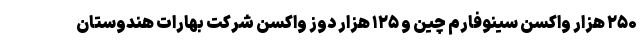
۲۵۰ هزار واکسن سینوفارم چین و ۱۲۵ هزار دوز واکسن شرکت بهارات هندوستان